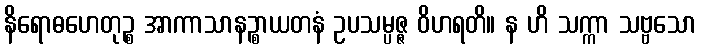
နိရောဓဟေတုဉ္စ အာကာသာနဉ္စာယတနံ ဥပသမ္ပဇ္ဇ ဝိဟရတိ။ န ဟိ သက္ကာ သဗ္ဗသော